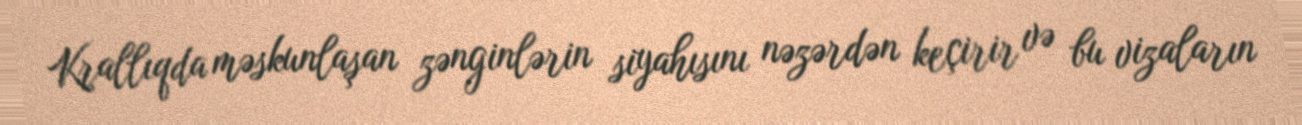
Krallıqda məskunlaşan zənginlərin siyahısını nəzərdən keçirir və bu vizaların